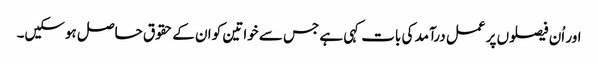
اور اُن فیصلوں پر عمل درآمد کی بات کہی ہے جس سے خواتین کو ان کے حقوق حاصل ہوسکیں۔